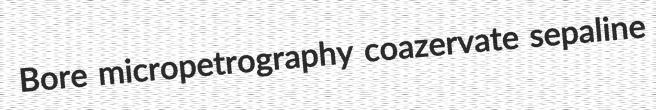
Bore micropetrography coazervate sepaline